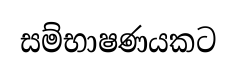
සම්භාෂණයකට